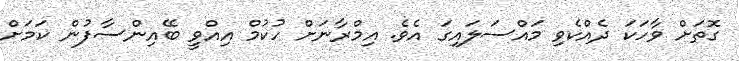
ގޮތަށް ވާހަކަ ދެއްކެވި މައްސަލައިގަ އެވެ. އިމްރާނަށް ހުކުމް އިއްވީ ބޭއިންސާފުން ކަމަށް